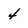
Character: 4